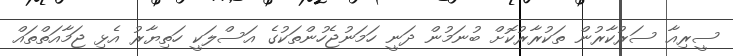
ސީރިއާ ސަރުކާރުން ތަކުރާރުކޮށް ބުނަމުން ދަނީ ހަމަނުޖެހުންތަކުގެ އަސްލަކީ ހަތިޔާރު އެޅި ޖަމާއަތްތައް